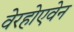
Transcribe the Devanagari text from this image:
वेरहोएवेन